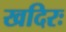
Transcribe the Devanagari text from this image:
खदिरः